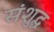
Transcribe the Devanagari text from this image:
संशुद्ध